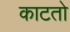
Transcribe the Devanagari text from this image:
काटतो